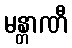
မန္တာဏီ